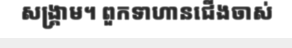
សង្គ្រាម។ ពួកទាហានជើងចាស់